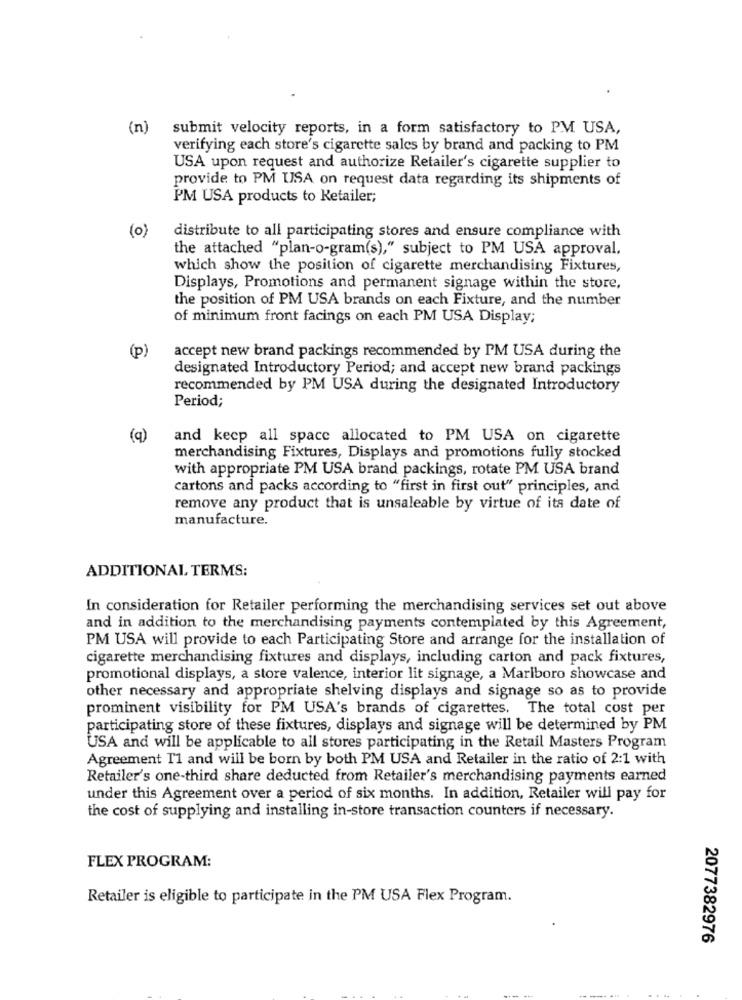
(n)
submit velocity reports, in a form satisfactory to PM USA,
verifying each store's cigarette sales by brand and packing to PM
USA upon request and authorize Retailer's cigarette supplier to
provide to PM USA on request data regarding its shipments of
PM USA products to Retailer;
(0)
distribute to all participating stores and ensure compliance with
the attached "plan-o-gram(s)," subject to PM USA approval.
which show the position of cigarette merchandising Fixtures,
Displays, Promotions and permanent signage within the store,
the position of PM USA brands on each Fixture, and the number
of minimum front facings on each PM USA Display;
(p)
accept new brand packings recommended by PM USA during the
designated Introductory Period; and accept new brand packings
recommended by PM USA during the designated Introductory
Period;
(q)
and keep all space allocated to PM USA on cigarette
merchandising Fixtures, Displays and promotions fully stocked
with appropriate PM USA brand packings, rotate PM USA brand
cartons and packs according to "first in first out" principles, and
remove any product that is unsaleable by virtue of its date of
manufacture.
ADDITIONAL TERMS:
In consideration for Retailer performing the merchandising services set out above
and in addition to the merchandising payments contemplated by this Agreement,
PM USA will provide to each Participating Store and arrange for the installation of
cigarette merchandising fixtures and displays, including carton and pack fixtures,
promotional displays, a store valence, interior lit signage, a Marlboro showcase and
other necessary and appropriate shelving displays and signage so as to provide
prominent visibility for PM USA's brands of cigarettes. The total cost per
participating store of these fixtures, displays and signage will be determined by PM
USA and will be applicable to all stores participating in the Retail Masters Program
Agreement T1 and will be born by both PM USA and Retailer in the ratio of 2:1 with
Retailer's one-third share deducted from Retailer's merchandising payments earned
under this Agreement over a period of six months. In addition, Retailer will pay for
the cost of supplying and installing in-store transaction counters if necessary.
FLEX PROGRAM:
Retailer is eligible to participate in the PM USA Flex Program.
2077382976